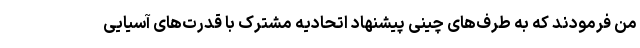
من فرمودند که به طرف‌های چینی پیشنهاد اتحادیه مشترک با قدرت‌های آسیایی